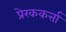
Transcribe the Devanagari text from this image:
प्रेरककर्त्ता